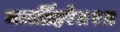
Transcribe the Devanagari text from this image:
नरार्तिहरे॥१॥